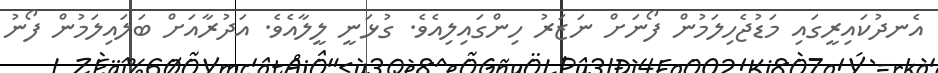
އެނދުކައިރީގައި މަޑުޖެހިލަމުން ފޯނަށް ނަޒަރު ހިންގައިލިއެވެ. ގުޅަނީ ލީލާއެވެ. އަދުރާއަށް ބަލައިލަމުން ފޯނު